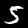
Label: 5